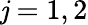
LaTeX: \mathit{j}=1,2